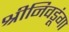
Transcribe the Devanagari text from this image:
श्रीनिवडूंगा